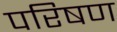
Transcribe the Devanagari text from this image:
परिषण